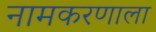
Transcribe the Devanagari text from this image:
नामकरणाला